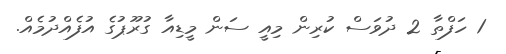
1 ހަފްތާ 2 ދުވަސް ކުރިން މިއީ ސަން މީޑިއާ ގުރޫޕުގެ އުފެއްދުމެއް.